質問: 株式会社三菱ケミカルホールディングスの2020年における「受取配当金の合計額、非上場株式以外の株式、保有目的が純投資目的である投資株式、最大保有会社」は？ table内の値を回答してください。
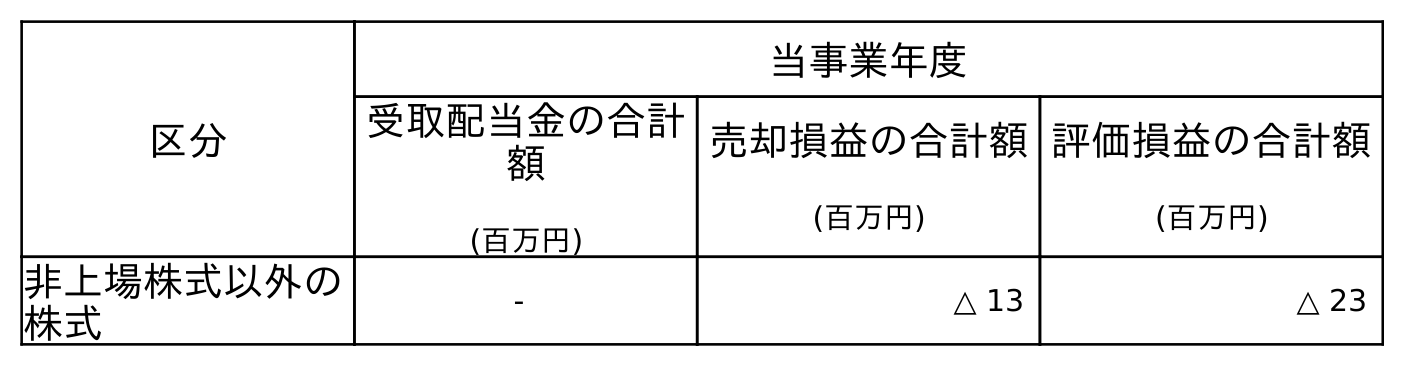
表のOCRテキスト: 区分 当事業年度 受取配当金の合計 額 (百万円) 売却損益の合計額 (百万円) 評価損益の合計額 (百万円) 非上場株式以外の 株式 - △ 13 △ 23
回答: -